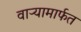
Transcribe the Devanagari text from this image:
वाऱ्यामार्फत